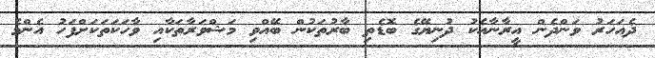
ދެއަހަރު ވަންދެން އީރާނާއެކު ދުނިޔޭގެ ބޮޑެތި ބާރުތަކުން ބޭއްވި މަޝްވަރާތަކާއި ވާހަކަތަކަށްފަހު އެންމެ